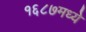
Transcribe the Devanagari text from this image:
१६८७मध्ये